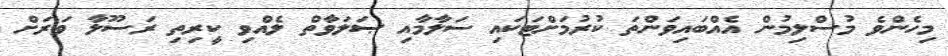
މިހެންވެ މުސްލިމުން އެއްބައިވަންތަ ކުރުމަށްޓަކައި ސަލާމާއި ޞަލަވާތް ލެއްވި ކީރިތި ރަސޫލާ ވަރަށް